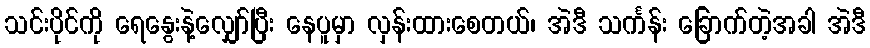
သင်းပိုင်ကို ရေနွေးနဲ့လျှော်ပြီး နေပူမှာ လှန်းထားစေတယ်၊ အဲဒီ သင်္ကန်း ခြောက်တဲ့အခါ အဲဒီ